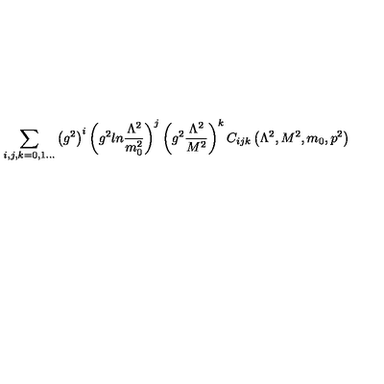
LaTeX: \sum _ { i , j , k = 0 , 1 . . . } \left( g ^ { 2 } \right) ^ { i } \left( g ^ { 2 } l n { \frac { \Lambda ^ { 2 } } { m _ { 0 } ^ { 2 } } } \right) ^ { j } \left( g ^ { 2 } { \frac { \Lambda ^ { 2 } } { M ^ { 2 } } } \right) ^ { k } C _ { i j k } \left( \Lambda ^ { 2 } , M ^ { 2 } , m _ { 0 } , p ^ { 2 } \right)